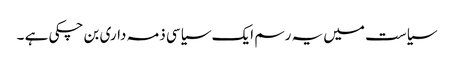
سیاست میں یہ رسم ایک سیاسی ذمہ داری بن چکی ہے ۔